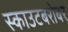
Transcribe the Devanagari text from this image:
स्काउटबरोबर